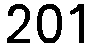
201